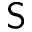
\sf S